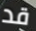
قد